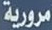
مرورية